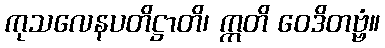
ကုသလေနပတိဋ္ဌာတိ၊ ဣတိ ဝေဒိတဗ္ဗံ။